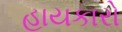
હાયકારો